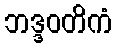
ဘဒ္ဒဝတိကံ